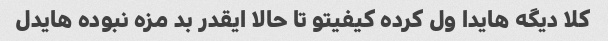
کلا دیگه هایدا ول کرده کیفیتو تا حالا ایقدر بد مزه نبوده هایدل